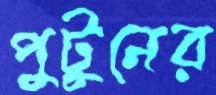
পুটুনের